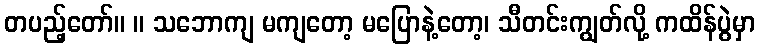
တပည့်တော်။ ။ သဘောကျ မကျတော့ မပြောနဲ့တော့၊ သီတင်းကျွတ်လို့ ကထိန်ပွဲမှာ